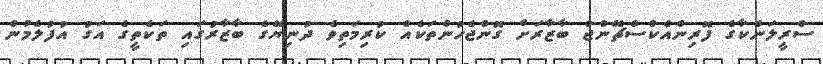
ސްރީލަންކާގެ ފޮރިންއެކްސްޗޭންޖް ބާޒާރަށް ގޮންޖެހުންތަކެއް ކުރިމަތިވެ ދުނިޔޭގެ ބާޒާރުގައި ތަކެތީގެ އަގު އުފުލެމުން